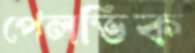
পেলভিক